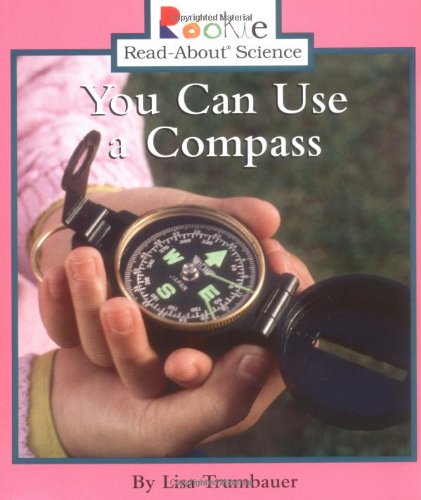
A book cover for You Can Use a Compass (Rookie Read-About Science); Lisa Trumbauer; Science & Math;